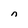
Character: n